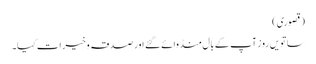
(قصوری)
ساتویں روز آپ کے بال منڈوائے گئے اور صدقہ وخیرات کیا۔